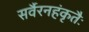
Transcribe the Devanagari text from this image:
सर्वैरनहंकृतैः